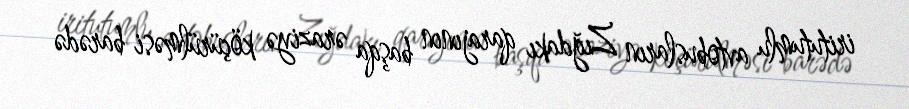
iritutumlu avtobusların Zığdakı qarajının başqa əraziyə köçürülməsi barədə